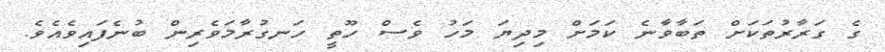
ގެ ގަރާރުތަކަށް ތަބާވާނެ ކަމަށް މިދިޔަ މަހު ވެސް ހޫތީ ހަނގުރާމަވެރިން ބުނެފައިވެއެވެ.